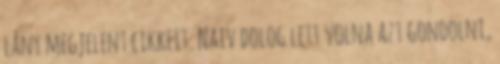
lány megjelent cikkeit. Naiv dolog lett volna azt gondolni,